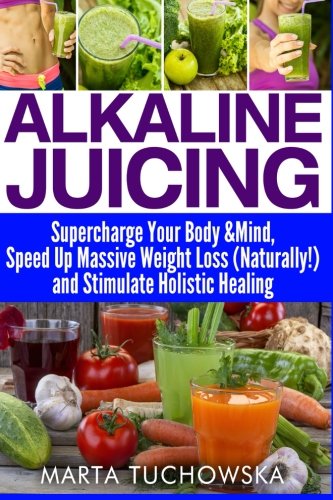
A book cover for Alkaline Juicing: Supercharge Your Body & Mind, Speed Up Massive Weight Loss (Naturally!), and Stimulate Holistic Healing (Alkaline Diet Lifestyle, Alkaline Diet for Weight Loss) (Volume 7); Marta Tuchowska; Cookbooks, Food & Wine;